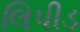
લિપીડ